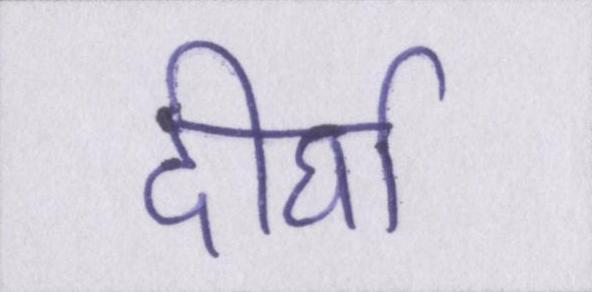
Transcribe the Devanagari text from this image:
दीर्घा